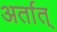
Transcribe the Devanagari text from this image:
अर्तात्